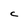
Character: C